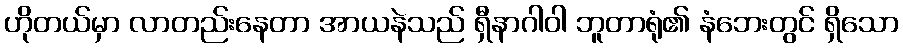
ဟိုတယ်မှာ လာတည်းနေတာ အာယနဲသည် ရှီနာဂါဝါ ဘူတာရုံ၏ နံဘေးတွင် ရှိသော